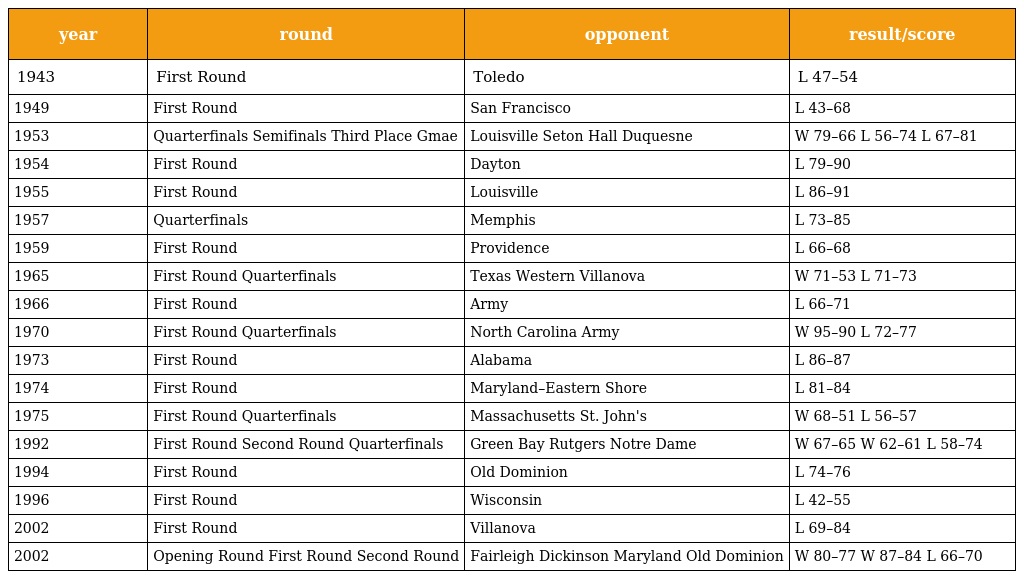
| year | round | opponent | result/score |
 | --- | --- | --- | --- |
 | 1943 | First Round | Toledo | L 47–54 |
 | 1949 | First Round | San Francisco | L 43–68 |
 | 1953 | Quarterfinals Semifinals Third Place Gmae | Louisville Seton Hall Duquesne | W 79–66 L 56–74 L 67–81 |
 | 1954 | First Round | Dayton | L 79–90 |
 | 1955 | First Round | Louisville | L 86–91 |
 | 1957 | Quarterfinals | Memphis | L 73–85 |
 | 1959 | First Round | Providence | L 66–68 |
 | 1965 | First Round Quarterfinals | Texas Western Villanova | W 71–53 L 71–73 |
 | 1966 | First Round | Army | L 66–71 |
 | 1970 | First Round Quarterfinals | North Carolina Army | W 95–90 L 72–77 |
 | 1973 | First Round | Alabama | L 86–87 |
 | 1974 | First Round | Maryland–Eastern Shore | L 81–84 |
 | 1975 | First Round Quarterfinals | Massachusetts St. John's | W 68–51 L 56–57 |
 | 1992 | First Round Second Round Quarterfinals | Green Bay Rutgers Notre Dame | W 67–65 W 62–61 L 58–74 |
 | 1994 | First Round | Old Dominion | L 74–76 |
 | 1996 | First Round | Wisconsin | L 42–55 |
 | 2002 | First Round | Villanova | L 69–84 |
 | 2002 | Opening Round First Round Second Round | Fairleigh Dickinson Maryland Old Dominion | W 80–77 W 87–84 L 66–70 |